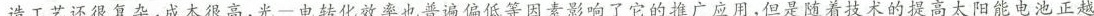
造工艺还很复杂，成本很高，光 一 电转化效率也普遍偏低等因素影响了它的推广应用，但是随着技术的提高太阳能电池正越